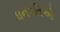
ધનપતિઓ